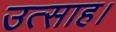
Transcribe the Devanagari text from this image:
उत्‍साह।